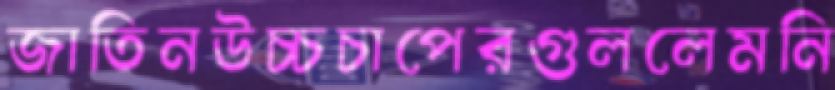
জাতিনউচ্চচাপেরগুললেমনি